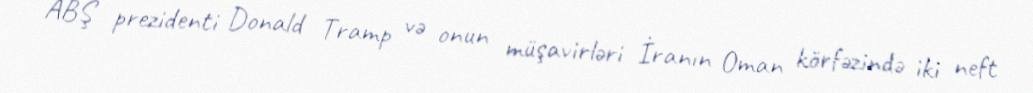
ABŞ prezidenti Donald Tramp və onun müşavirləri İranın Oman körfəzində iki neft